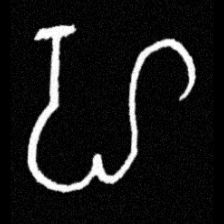
Pyu character \u2014 Myanmar letter: ဟ (romanized: ha)